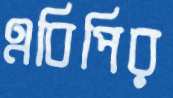
এবিপির